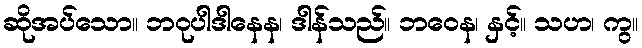
ဆိုအပ်သော။ ဘဝုပါဒါနေန၊ ဒါန်သည်။ ဘဝေန၊ နှင့်။ သဟ၊ ကွ။